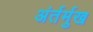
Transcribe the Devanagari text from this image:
अंर्तर्मुख